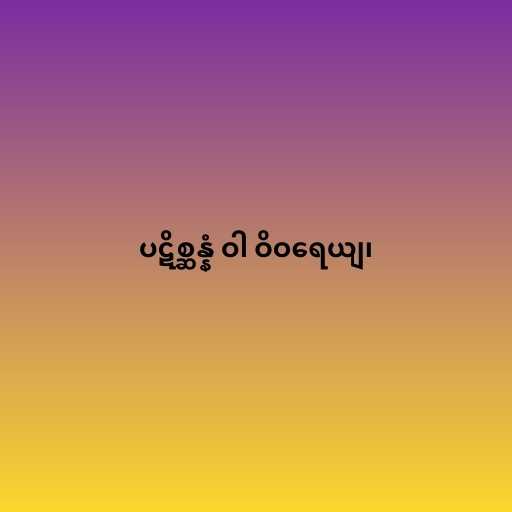
ပဋိစ္ဆန္နံ ဝါ ဝိဝရေယျ၊